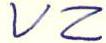
VZ